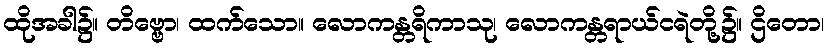
ထိုအခါ၌။ တိဗ္ဗော၊ ထက်သော။ လောကန္တရိကာသု၊ လောကန္တရာယ်ငရဲတို့၌။ ဌိတော၊